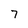
Character: 7